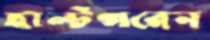
হাল্টগরেন